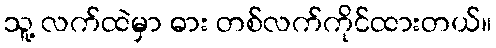
သူ့ လက်ထဲမှာ ဓား တစ်လက်ကိုင်ထားတယ်။